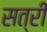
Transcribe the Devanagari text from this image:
सत्री